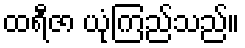
ထရီဇာ ယုံကြည်သည်။